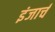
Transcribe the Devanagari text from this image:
इंजार्च